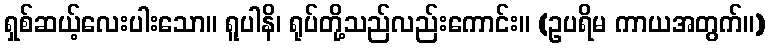
ရှစ်ဆယ့်လေးပါးသော။ ရူပါနိ၊ ရုပ်တို့သည်လည်းကောင်း။ (ဥပရိမ ကာယအတွက်။)